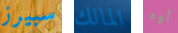
سبيرز المالك أوه